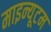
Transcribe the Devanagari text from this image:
माइन्यूटम